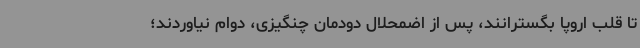
تا قلب اروپا بگسترانند، پس از اضمحلال دودمان چنگیزی، دوام نیاوردند؛